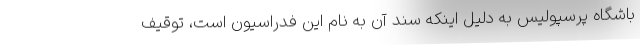
باشگاه پرسپولیس به دلیل اینکه سند آن به نام این فدراسیون است، توقیف